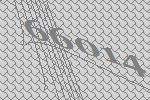
66014